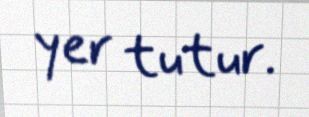
yer tutur.